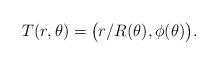
LaTeX: \begin{align*}T(r,\theta) = \big( r/R(\theta),\phi(\theta) \big) .\end{align*}